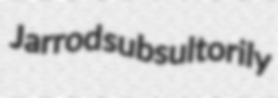
Jarrod subsultorily